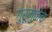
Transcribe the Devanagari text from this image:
गुरूमुळेच